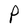
Character: P